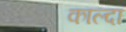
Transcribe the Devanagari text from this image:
काल्दा